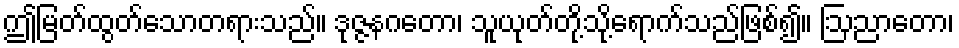
ဤမြတ်ထွတ်သောတရားသည်။ ဒုဇ္ဇနဂတော၊ သူယုတ်တို့သို့ရောက်သည်ဖြစ်၍။ ဩညာတော၊